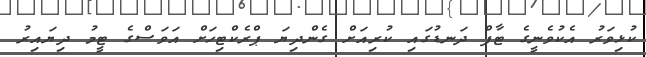
ކުޅިވަރު އެކުވެނީގެ ޓާފް ދަނޑުގައި ކުރިއަށް ގެންދިޔަ ޕްރެކްޓިހަށް އަވަސްގެ ޓީމު ދިޔައިރު